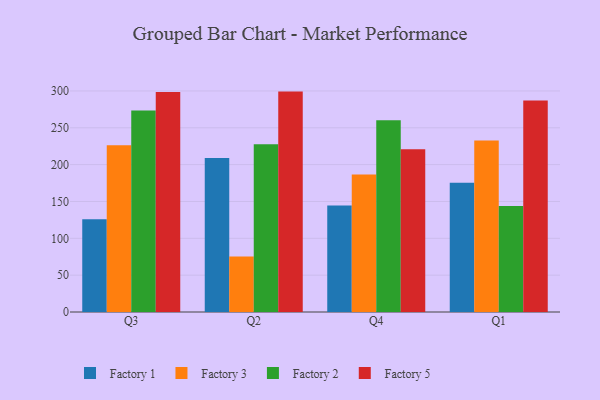
{"axis": {"x": "Quarter", "y": "Waste Production (Tons)"}, "legend": ["Factory 1", "Factory 2", "Factory 3", "Factory 5"], "data": [{"x": "Q3", "y": 125.8, "type": "Factory 1"}, {"x": "Q3", "y": 226.3, "type": "Factory 3"}, {"x": "Q3", "y": 273.4, "type": "Factory 2"}, {"x": "Q3", "y": 298.7, "type": "Factory 5"}, {"x": "Q2", "y": 208.9, "type": "Factory 1"}, {"x": "Q2", "y": 75.3, "type": "Factory 3"}, {"x": "Q2", "y": 227.7, "type": "Factory 2"}, {"x": "Q2", "y": 299.1, "type": "Factory 5"}, {"x": "Q4", "y": 144.5, "type": "Factory 1"}, {"x": "Q4", "y": 186.5, "type": "Factory 3"}, {"x": "Q4", "y": 260.2, "type": "Factory 2"}, {"x": "Q4", "y": 220.9, "type": "Factory 5"}, {"x": "Q1", "y": 175.5, "type": "Factory 1"}, {"x": "Q1", "y": 232.8, "type": "Factory 3"}, {"x": "Q1", "y": 144.0, "type": "Factory 2"}, {"x": "Q1", "y": 287.1, "type": "Factory 5"}]}